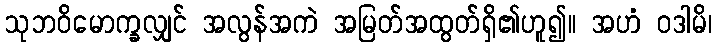
သုဘဝိမောက္ခလျှင် အလွန်အကဲ အမြတ်အထွတ်ရှိ၏ဟူ၍။ အဟံ ဝဒါမိ၊